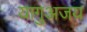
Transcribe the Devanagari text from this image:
यागुअजय